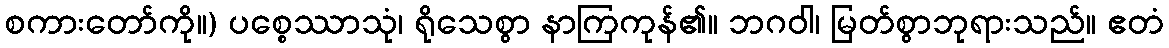
စကားတော်ကို။) ပစ္စေဿာသုံ၊ ရိုသေစွာ နာကြကုန်၏။ ဘဂဝါ၊ မြတ်စွာဘုရားသည်။ ဧတံ